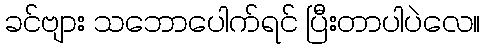
ခင်ဗျား သဘောပေါက်ရင် ပြီးတာပါပဲလေ။